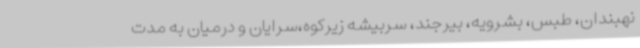
نهبندان، طبس، بشرویه، بیرجند، سربیشه زیرکوه،سرایان و درمیان به مدت